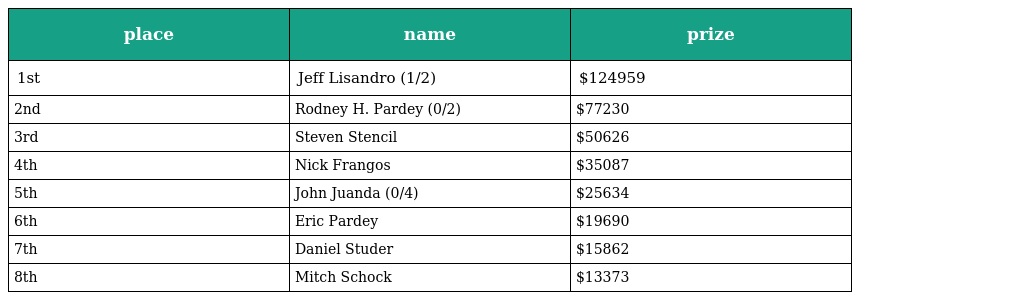
| place | name | prize |
 | --- | --- | --- |
 | 1st | Jeff Lisandro (1/2) | $124959 |
 | 2nd | Rodney H. Pardey (0/2) | $77230 |
 | 3rd | Steven Stencil | $50626 |
 | 4th | Nick Frangos | $35087 |
 | 5th | John Juanda (0/4) | $25634 |
 | 6th | Eric Pardey | $19690 |
 | 7th | Daniel Studer | $15862 |
 | 8th | Mitch Schock | $13373 |